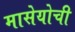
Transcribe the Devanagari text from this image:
मासेयोची